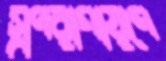
স্বপরাগায়ণে